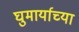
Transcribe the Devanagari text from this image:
घुमार्याच्या